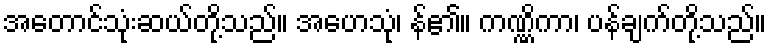
အတောင်သုံးဆယ်တို့သည်။ အဟေသုံ၊ န်၏။ ကဏ္ဏိကာ၊ ပန်ချက်တို့သည်။